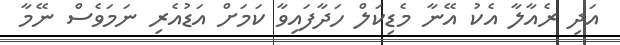
އަދި ރެއާލާ އެކު އޭނާ މެޑިކަލް ހަދާފައިވާ ކަމަށް އަޑުއެރި ނަމަވެސް ނޭމާ